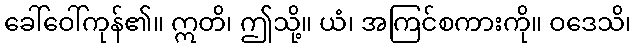
ခေါ်ဝေါ်ကုန်၏။ ဣတိ၊ ဤသို့။ ယံ၊ အကြင်စကားကို။ ဝဒေသိ၊